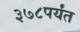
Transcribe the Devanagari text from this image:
३७८पर्यंत